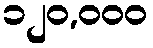
၁၂၀,၀၀၀